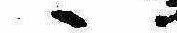
ゝ